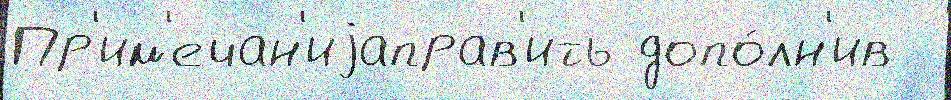
Пр'им'ечан'иjаправ'ить допо́лн'ив